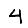
Digit: 4